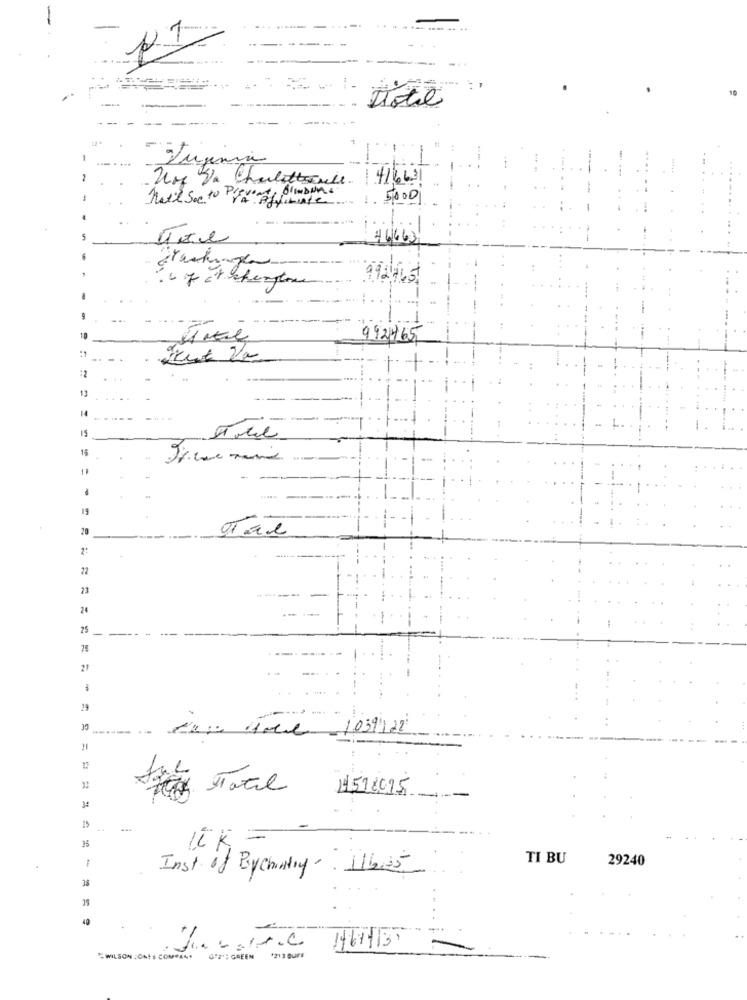
..... .. ..
ITotil
--
-
-.
- Jugnia
-
Un Va Charlottecule
41663
Natil Soe to Pro".
Per Affiliate
5000
46663
992765
992465
:2
13
15
11
.
.
19
20
-----
22
23
----
24
25
------
21
29
35
--.
.-
12: 4ore 1039122
4578095
34
35
TI BU
29240
Inst of Bychentry- 116.25
40
WILSON JONES COMPANY (2"GREEN